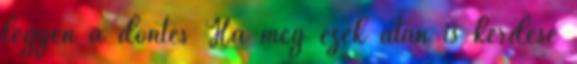
legyen a döntés Ha még ezek után is kérdése